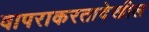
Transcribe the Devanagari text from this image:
वापराकरतादेखील